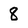
Character: 8